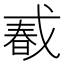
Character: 𢧔